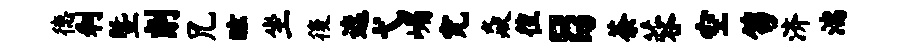
德利暨削兄眩坐後遮弋嵋究焱徨日荼蓉空笏济湍